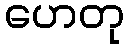
ဟေတု